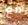
مع